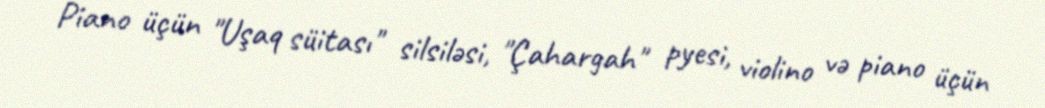
Piano üçün "Uşaq süitası" silsiləsi, "Çahargah" pyesi, violino və piano üçün